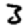
Digit: 3